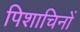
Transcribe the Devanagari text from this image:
पिशाचिनों